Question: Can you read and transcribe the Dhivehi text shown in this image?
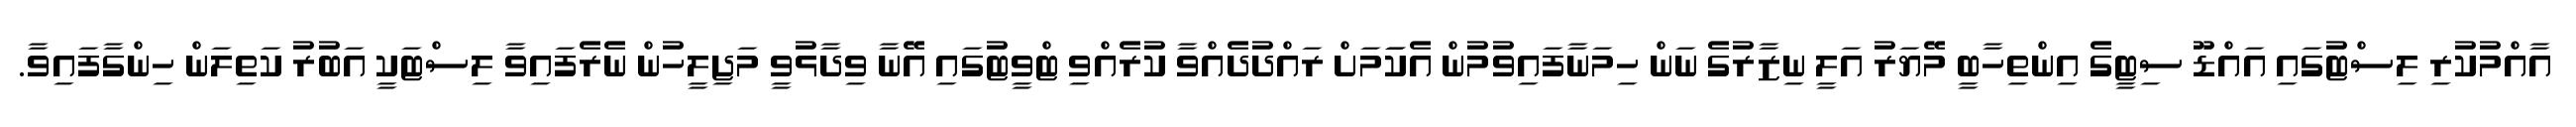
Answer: އާއްމުކުރި ލިސްޓުގައި އައްޑޫ ސިޓީގެ އިންތިހާބީ މޭޔަރު އަލީ ނިޒާރުގެ ނަން ހިމަނާފައިވުމުން އެކަަމަށް ރައްދުދެއްވާ ކުރެއްވި ޓްވީޓުގައި އޭނާ ވިދާޅުވީ މަޖިލީހުން ނެރެފައިވާ ލިސްޓަކީ އަބުރު ކަތިލަން ހިންގާފައިވާ.